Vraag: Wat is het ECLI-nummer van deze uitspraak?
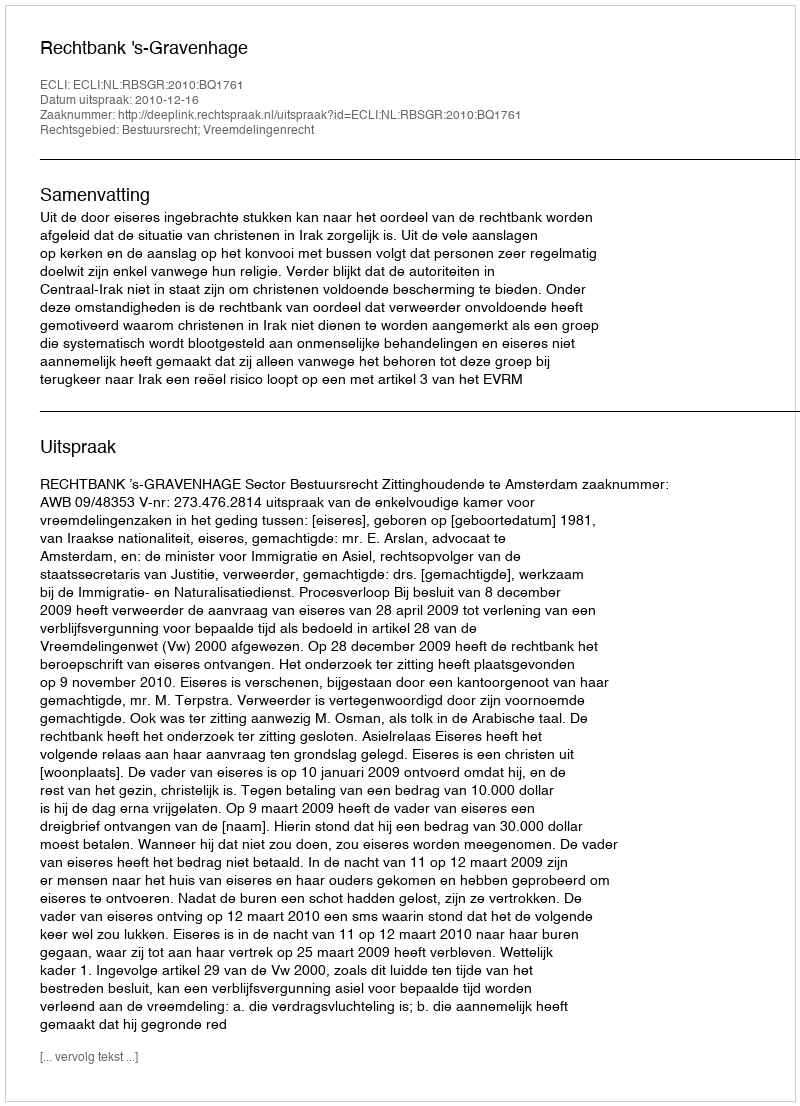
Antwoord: ECLI:NL:RBSGR:2010:BQ1761